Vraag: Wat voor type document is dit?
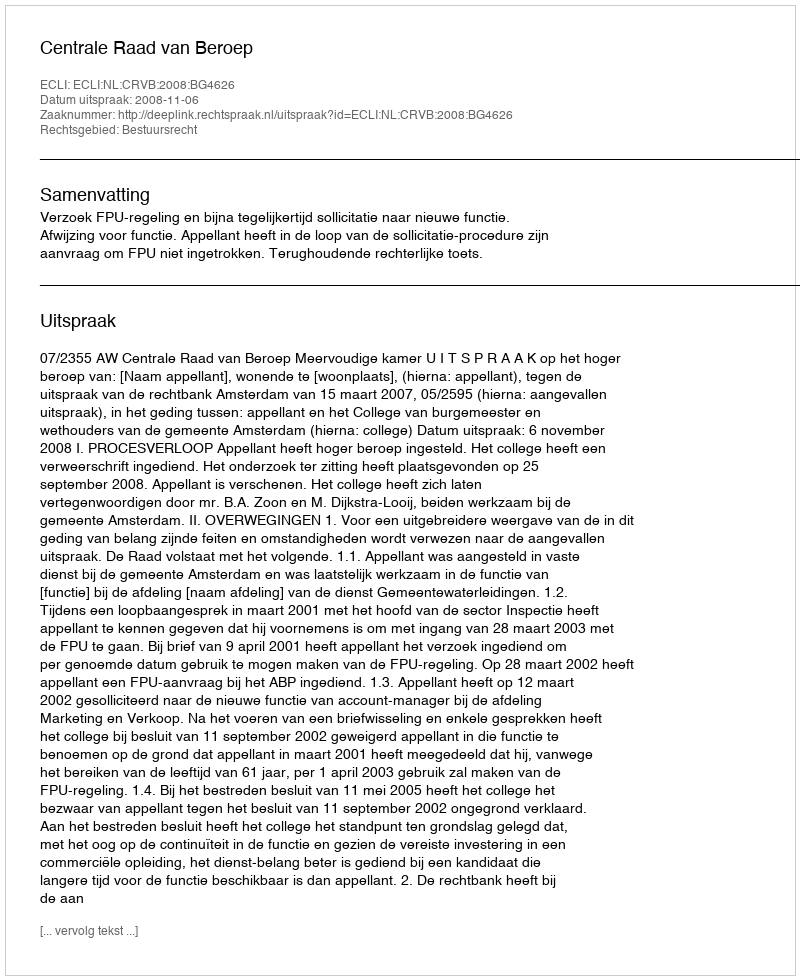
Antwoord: Uitspraak